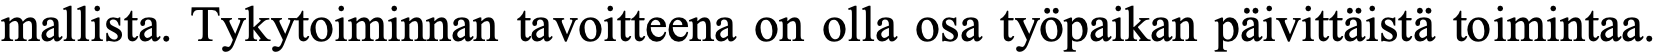
mallista. Tykytoiminnan tavoitteena on olla osa työpaikan päivittäistä toimintaa.